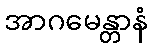
အာဂမေန္တာနံ